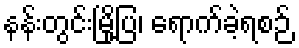
နန်းတွင်းမြို့ပြ၊ ရောက်ခဲ့ရစဉ်